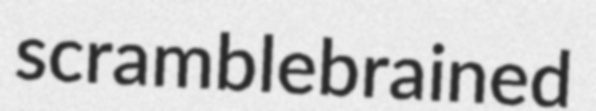
scramblebrained